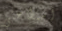
إستطاعتي